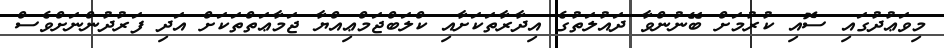
މިވަޢުދުގައި ސޮއި ކުރުމަށް ބޭނުންވާ ދައުލަތުގެ އިދާރާތަކަށާއި ކްލަބްޖަމްޢިއްޔާ ޖަމާޢަތްތަކަށް އަދި ފަރުދުންނަށްވެސް